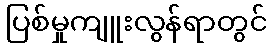
ပြစ်မှုကျူးလွန်ရာတွင်